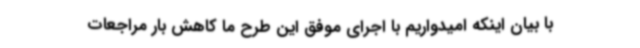
با بیان اینکه امیدواریم با اجرای موفق این طرح ما کاهش بار مراجعات